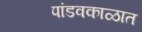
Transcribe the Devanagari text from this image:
पांडवकाळात